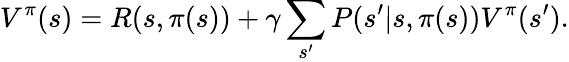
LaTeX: V^{\pi}(s)=R(s,\pi(s))+\gamma\sum_{s^{\prime}}P(s^{\prime}|s,\pi(s))V^{\pi}(s^{\prime}).